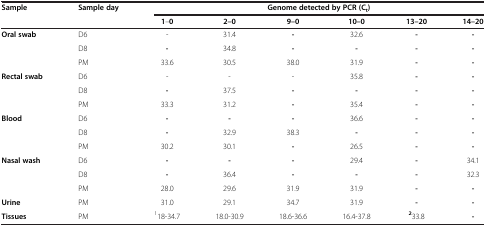
| Sample | Sample day | <COLSPAN=6> Genome detected by PCR (Ct) |
 |  |  | 1–0 | 2–0 | 9–0 | 10–0 | 13–20 | 14–20 |
 | --- | --- | --- | --- | --- | --- | --- | --- |
 | Oral swab | D6 | - | 31.4 | - | 32.6 | - | - |
 |  | D8 | - | 34.8 | - | - | - | - |
 |  | PM | 33.6 | 30.5 | 38.0 | 31.9 | - | - |
 | Rectal swab | D6 | - | - | - | 35.8 | - | - |
 |  | D8 | - | 37.5 | - | - | - | - |
 |  | PM | 33.3 | 31.2 | - | 35.4 | - | - |
 | Blood | D6 | - | - | - | 36.6 | - | - |
 |  | D8 | - | 32.9 | 38.3 | - | - | - |
 |  | PM | 30.2 | 30.1 | - | 26.5 | - | - |
 | Nasal wash | D6 | - | - | - | 29.4 | - | 34.1 |
 |  | D8 | - | 36.4 | - | - | - | 32.3 |
 |  | PM | 28.0 | 29.6 | 31.9 | 31.9 | - | - |
 | Urine | PM | 31.0 | 29.1 | 34.7 | 31.9 | - | - |
 | Tissues | PM | 118-34.7 | 18.0-30.9 | 18.6-36.6 | 16.4-37.8 | 233.8 | - |